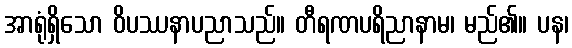
အာရုံရှိသော ဝိပဿနာပညာသည်။ တီရဏပရိညာနာမ၊ မည်၏။ ပန၊